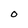
Character: O